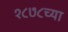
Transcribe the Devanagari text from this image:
१८७८च्या